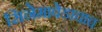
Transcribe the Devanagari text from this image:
सिनेमावेडाचाच